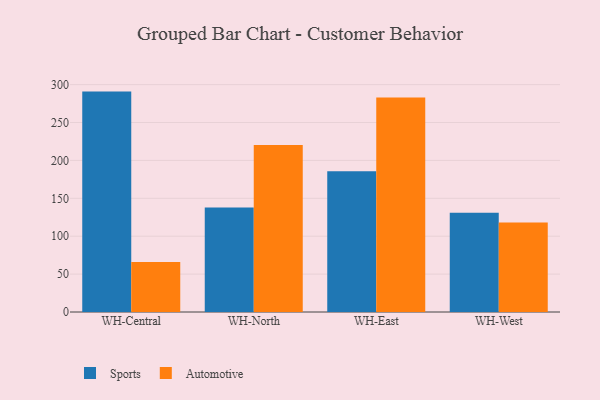
{"axis": {"x": "Warehouse", "y": "Customer Acquisition Cost (USD)"}, "legend": ["Automotive", "Sports"], "data": [{"x": "WH-Central", "y": 290.8, "type": "Sports"}, {"x": "WH-Central", "y": 66.1, "type": "Automotive"}, {"x": "WH-North", "y": 138.0, "type": "Sports"}, {"x": "WH-North", "y": 220.3, "type": "Automotive"}, {"x": "WH-East", "y": 185.8, "type": "Sports"}, {"x": "WH-East", "y": 283.0, "type": "Automotive"}, {"x": "WH-West", "y": 131.1, "type": "Sports"}, {"x": "WH-West", "y": 118.1, "type": "Automotive"}]}